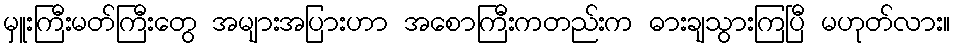
မှူးကြီးမတ်ကြီးတွေ အများအပြားဟာ အစောကြီးကတည်းက ဓားချသွားကြပြီ မဟုတ်လား။